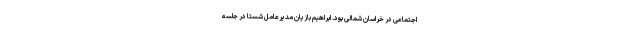
اجتماعی در خراسان شمالی بود. ابراهیم بازیان مدیرعامل شستا در جلسه